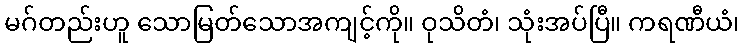
မဂ်တည်းဟူ သောမြတ်သောအကျင့်ကို။ ဝုသိတံ၊ သုံးအပ်ပြီ။ ကရဏီယံ၊